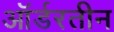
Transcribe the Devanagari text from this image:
ऑर्डरतीन